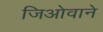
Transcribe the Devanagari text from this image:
जिओवाने